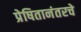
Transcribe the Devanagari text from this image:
प्रेषितानंतरचे